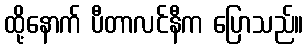
ထို့နောက် ပီတာလင်နီက ပြောသည်။